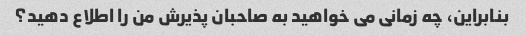
بنابراین، چه زمانی می خواهید به صاحبان پذیرش من را اطلاع دهید؟